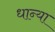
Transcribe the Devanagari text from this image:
धान्या